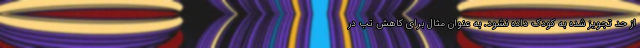
از حد تجویز شده به کودک داده نشود. به عنوان مثال برای کاهش تب در